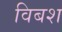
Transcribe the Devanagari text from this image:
विबश